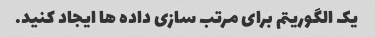
یک الگوریتم برای مرتب سازی داده ها ایجاد کنید.